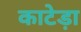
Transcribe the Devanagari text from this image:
काटेड़ा